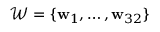
\mathcal { W } = \{ \mathbf { w } _ { 1 } , \dots , \mathbf { w } _ { 3 2 } \}